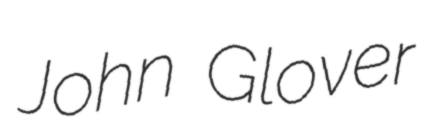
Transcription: John Glover